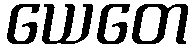
ယေတေ